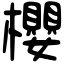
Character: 櫻